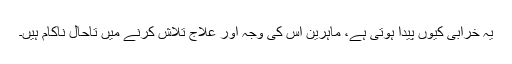
یہ خرابی کیوں پیدا ہوتی ہے، ماہرین اس کی وجہ اور علاج تلاش کرنے میں تاحال ناکام ہیں۔